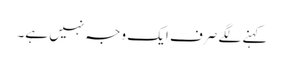
کہنے لگے صرف ایک وجہ نہیں ہے۔